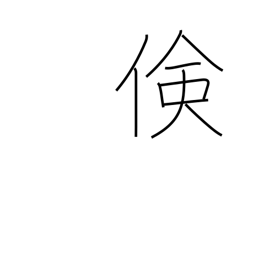
Meaning: economy